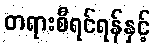
တရားစီရင်ရန်နှင့်